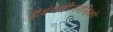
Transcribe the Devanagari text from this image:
हैयंगवीनरसिको